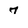
Character: 7